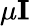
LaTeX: \mu\textbf{I}